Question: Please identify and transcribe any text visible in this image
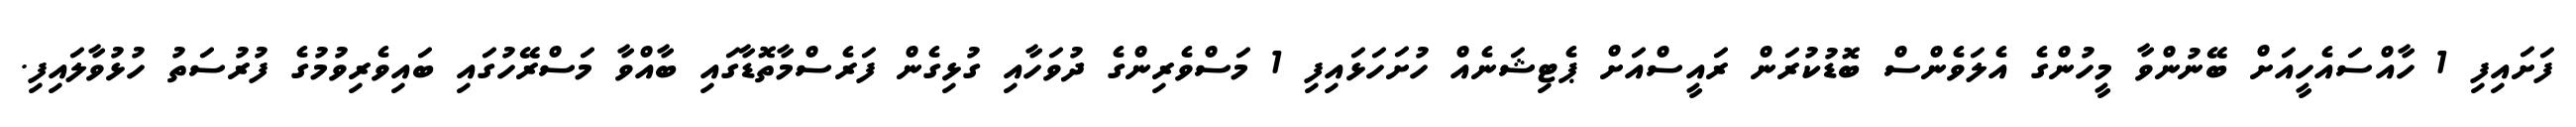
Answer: ފަށައިފި 1 ހާއްސައެހީއަށް ބޭނުންވާ މީހުންގެ އެލަވެންސް ބޮޑުކުރަން ރައީސްއަށް ޕެޓިޝަނެއް ހުށަހަޅައިފި 1 މަސްވެރިންގެ ދުވަހާއި ގުޅިގެން ފަރެސްމާތޮޑާގައި ބާއްވާ މަސްރޭހުގައި ބައިވެރިވުމުގެ ފުރުސަތު ހުޅުވާލައިފި.